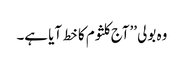
وہ بولی ’’آج کلثوم کا خط آیا ہے۔